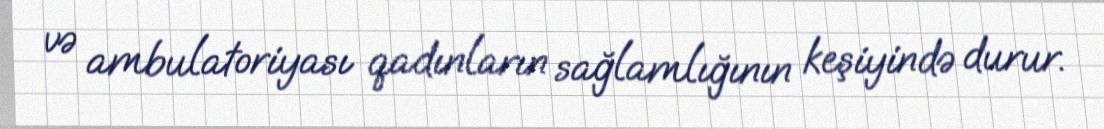
və ambulatoriyası qadınların sağlamlığının keşiyində durur.